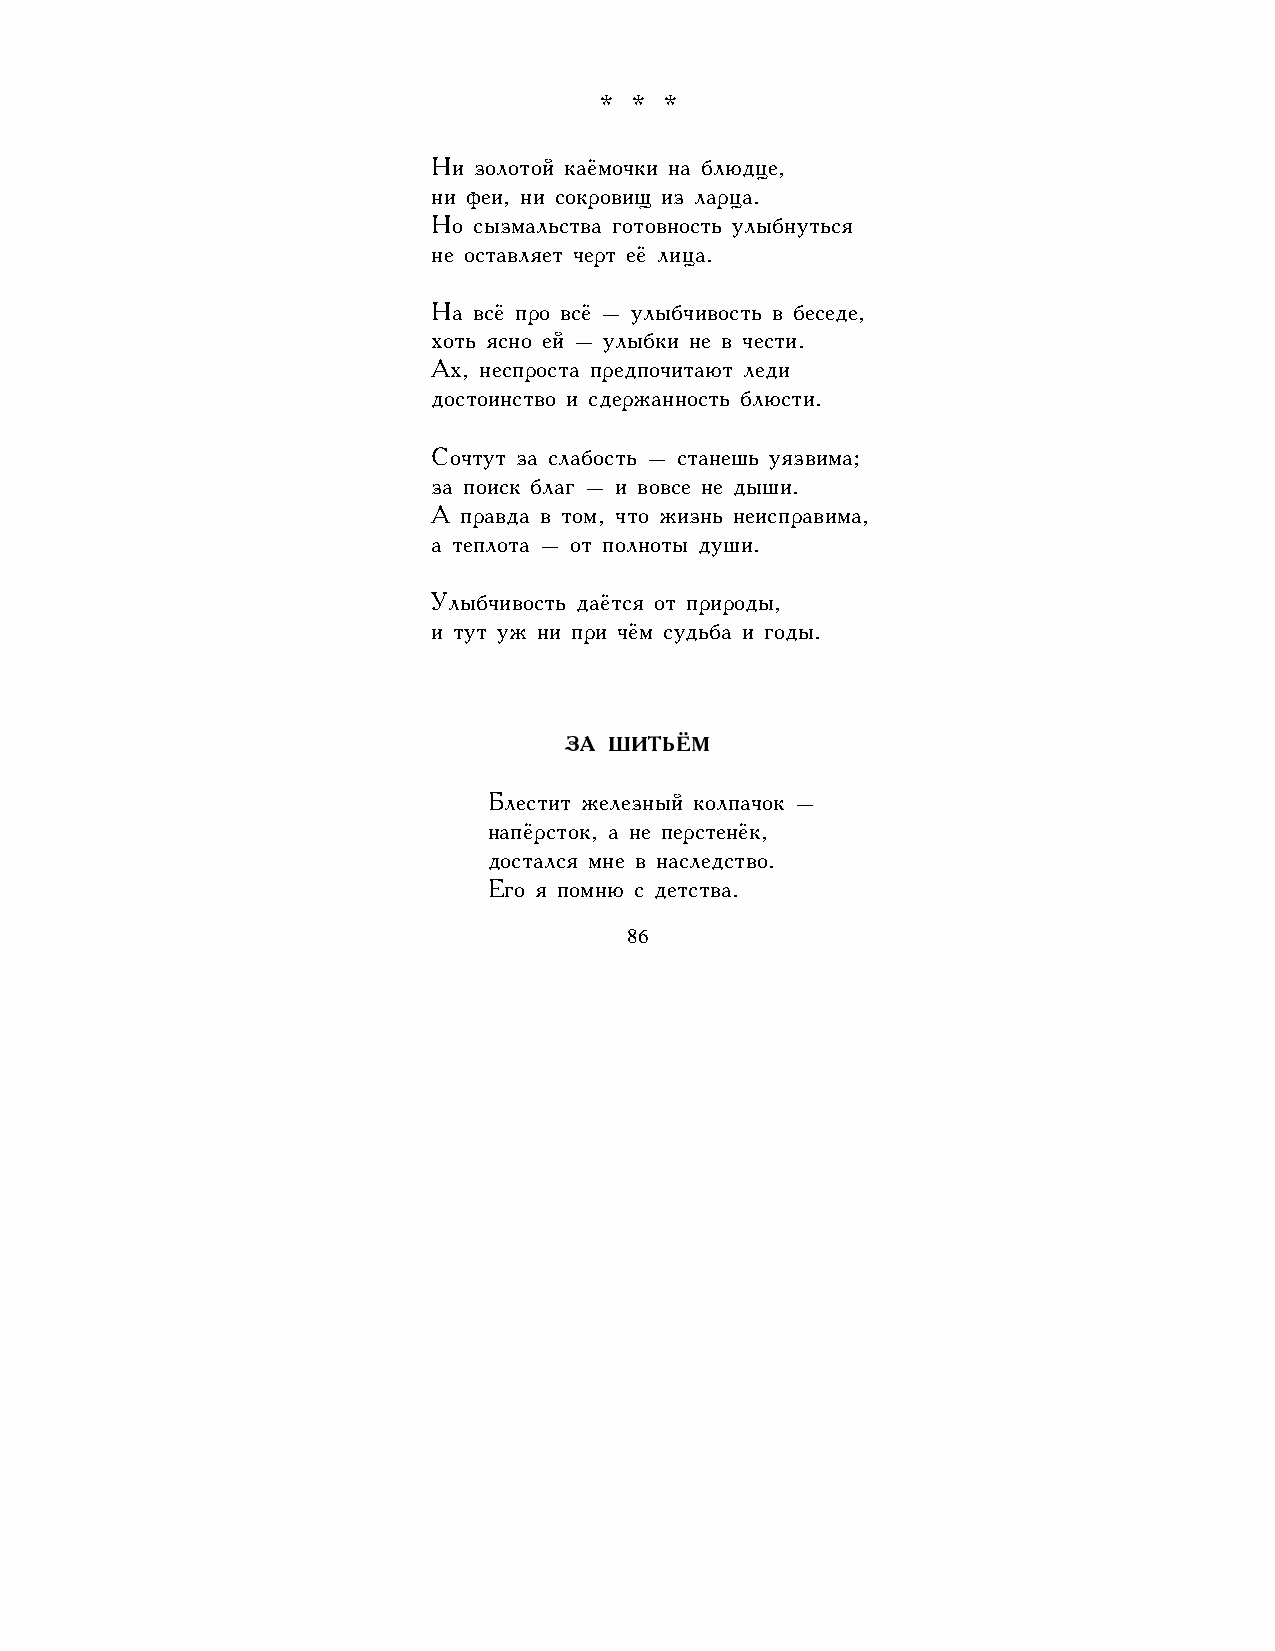
* * *
 Ни золотой каёмочки на блюдце,
 ни феи, ни сокровищ из ларца.
 Но сызмальства готовность улыбнуться
 не оставляет черт её лица.
 На всё про всё – улыбчивость в беседе,
 хоть ясно ей – улыбки не в чести.
 Ах, неспроста предпочитают леди
 достоинство и сдержанность блюсти.
 Сочтут за слабость – станешь уязвима;
 за поиск благ – и вовсе не дыши.
 А правда в том, что жизнь неисправима,
 а теплота – от полноты души.
 Улыбчивость даётся от природы,
 и тут уж ни при чём судьба и годы.
 ЗА ШИТЬЁМ
 Блестит железный колпачок –
 напёрсток, а не перстенёк,
 достался мне в наследство.
 Его я помню с детства.
 86